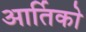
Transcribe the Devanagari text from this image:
आर्तिको